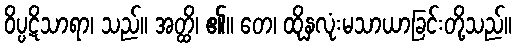
ဝိပ္ပဋိသာရာ၊ သည်။ အတ္ထိ၊ ၏။ တေ၊ ထိုနှလုံးမသာယာခြင်းတို့သည်။